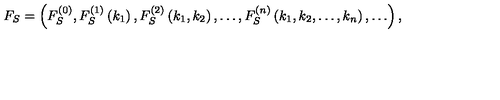
F _ { S } = \left( F _ { S } ^ { ( 0 ) } , F _ { S } ^ { ( 1 ) } \left( k _ { 1 } \right) , F _ { S } ^ { ( 2 ) } \left( k _ { 1 } , k _ { 2 } \right) , \ldots , F _ { S } ^ { ( n ) } \left( k _ { 1 } , k _ { 2 } , \ldots , k _ { n } \right) , \ldots \right) ,